Indian Civil Veterinary Department memoirs
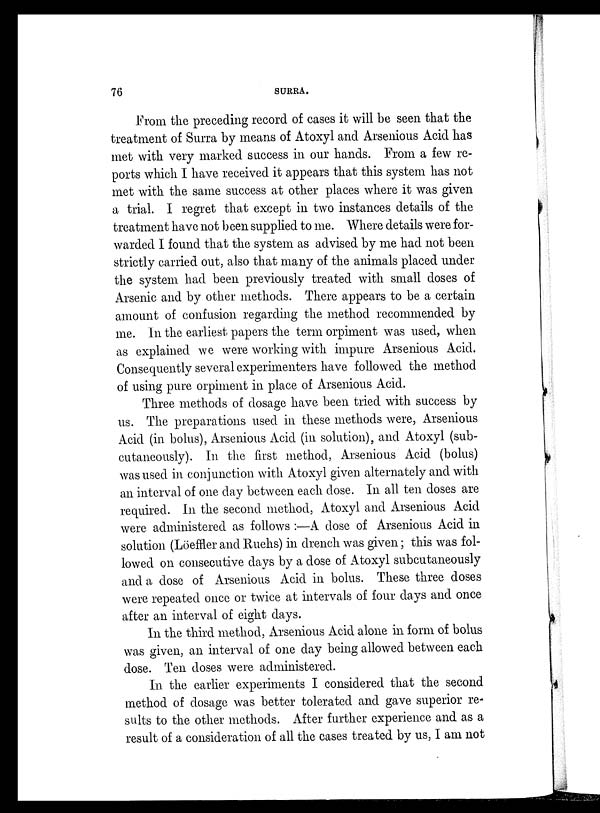
76
SURRA.
From the preceding record of cases it will be seen that the
treatment of Surra by means of Atoxyl and Arsenious Acid has
met with very marked success in our hands. From a few re-
ports which I have received it appears that this system has not
met with the same success at other places where it was given
a trial. I regret that except in two instances details of the
treatment have not been supplied to me. Where details were for-
warded I found that the system as advised by me had not been
strictly carried out, also that many of the animals placed under
the system had been previously treated with small doses of
Arsenic and by other methods. There appears to be a certain
amount of confusion regarding the method recommended by
me. In the earliest papers the term orpiment was used, when
as explained we were working with impure Arsenious Acid.
Consequently several experimenters have followed the method
of using pure orpiment in place of Arsenious Acid.
Three methods of dosage have been tried with success by
us. The preparations used in these methods were, Arsenious
Acid (in bolus), Arsenious Acid (in solution), and Atoxyl (sub-
cutaneously). In the first method, Arsenious Acid (bolus)
was used in conjunction with Atoxyl given alternately and with
an interval of one day between each dose. In all ten doses are
required. In the second method, Atoxyl and Arsenious Acid
were administered as follows:—A dose of Arsenious Acid in
solution (Löeffler and Ruehs) in drench was given; this was fol-
lowed on consecutive days by a dose of Atoxyl subcutaneously
and a dose of Arsenious Acid in bolus. These three doses
were repeated once or twice at intervals of four days and once
after an interval of eight days.
In the third method, Arsenious Acid alone in form of bolus
was given, an interval of one day being allowed between each
dose. Ten doses were administered.
In the earlier experiments I considered that the second
method of dosage was better tolerated and gave superior re-
sults to the other methods. After further experience and as a
result of a consideration of all the cases treated by us, I am not